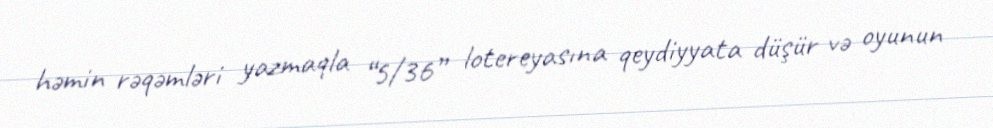
həmin rəqəmləri yazmaqla “5/36” lotereyasına qeydiyyata düşür və oyunun